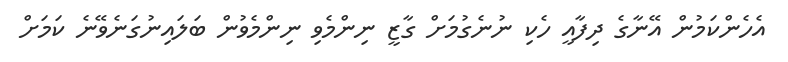
އެހެންކަމުން އޭނާގެ ދިފާއީ ހެކި ނުނެގުމަށް ގާޒީ ނިންމެވި ނިންމެވުން ބަލައިނުގަނެވޭނެ ކަމަށް